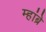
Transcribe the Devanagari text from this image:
म्हांब्रे